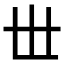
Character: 𠀍